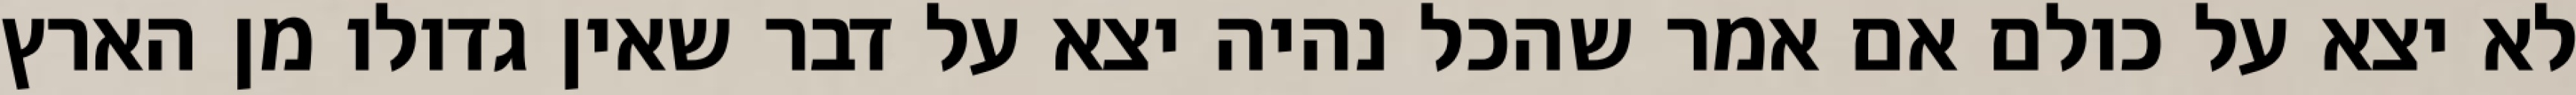
לא יצא על כולם אם אמר שהכל נהיה יצא על דבר שאין גדולו מן הארץ